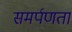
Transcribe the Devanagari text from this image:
समर्पणता